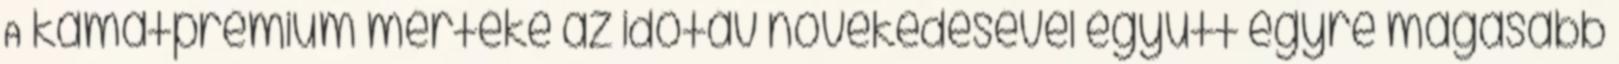
A kamatprémium mértéke az időtáv növekedésével együtt egyre magasabb